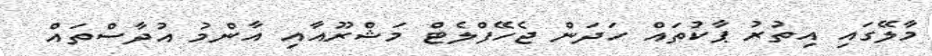
މާލޭގައި އިތުރު ޕާކުތައް ހަދަން ޖެހޭފްލެޓް މަޝްރޫއާއި އާންމު އުދާސްތައް